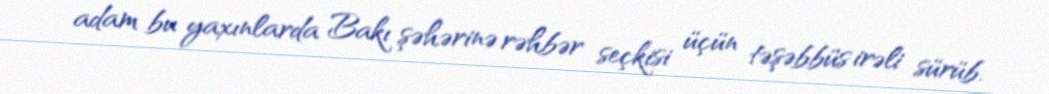
adam bu yaxınlarda Bakı şəhərinə rəhbər seçkisi üçün təşəbbüs irəli sürüb.